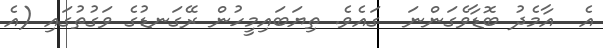
އެ  އާމެދު ބޮޑާވެގަންނަ  ގައެވެ. ތިޔަބައިމީހުން ރޭގަނޑުގެ ވަގުތުގައި (އެ